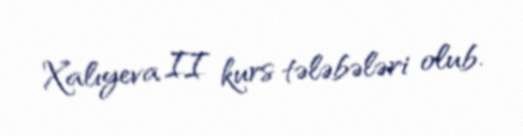
Xalıyeva II kurs tələbələri olub.